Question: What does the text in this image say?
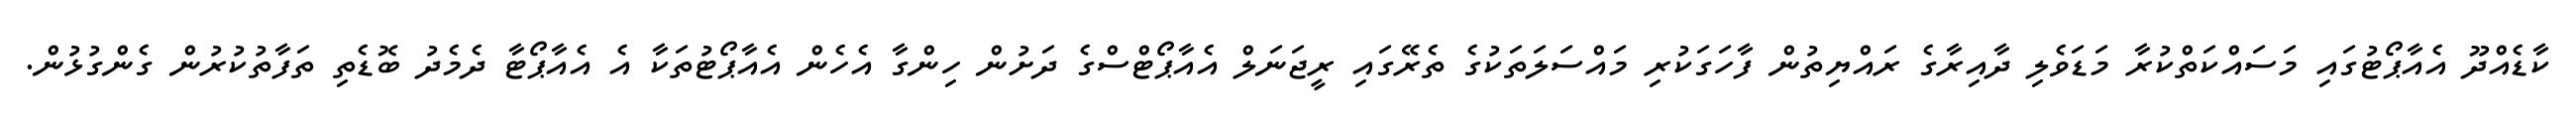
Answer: ކާޑެއްދޫ އެއާޕޯޓުގައި މަސައްކަތްކުރާ މަޑަވެލި ދާއިރާގެ ރައްޔިތުން ފާހަގަކުރި މައްސަލަތަކުގެ ތެރޭގައި ރީޖަނަލް އެއާޕޯޓްސްގެ ދަށުން ހިންގާ އެހެން އެއާޕޯޓުތަކާ އެ އެއާޕޯޓާ ދެމެދު ބޮޑެތި ތަފާތުކުރުން ގެންގުޅުން.